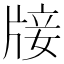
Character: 𤗈